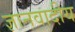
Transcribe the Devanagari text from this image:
ज्ञानवादीय